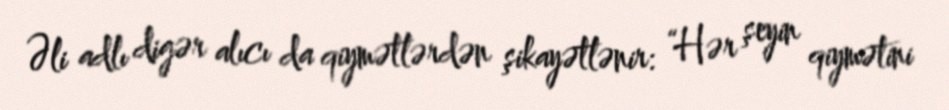
Əli adlı digər alıcı da qiymətlərdən şikayətlənir: “Hər şeyin qiymətini